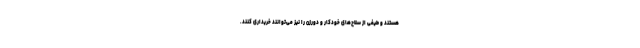
هستند و طیفی از سلاح‌های خودکار و دورزن را نیز می‌توانند خریداری کنند.